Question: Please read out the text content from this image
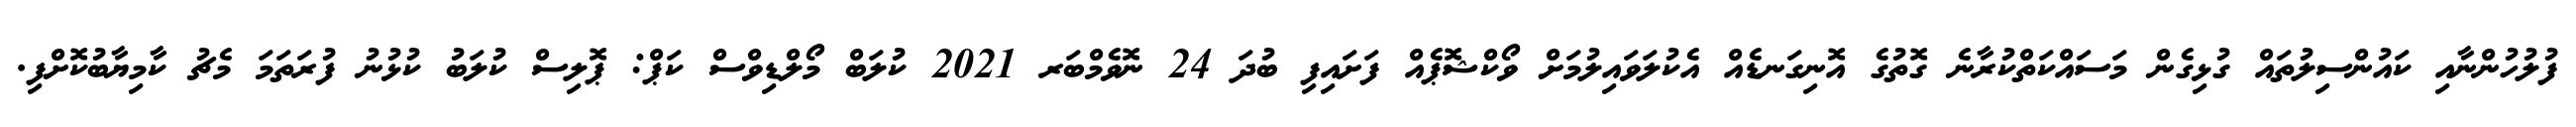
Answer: ފުލުހުންނާއި ކައުންސިލުތައް ގުޅިގެން މަސައްކަތްކުރާނެ ގޮތުގެ އޮނިގަނޑެއް އެކުލަވައިލުމަށް ވޯކްޝޮޕެއް ފަށައިފި ބުދަ 24 ނޮވެމްބަރ 2021 ކުލަބް މޯލްޑިވްސް ކަޕް: ޕޮލިސް ކުލަބު ކުޅުނު ފުރަތަމަ މެޗު ކާމިޔާބުކޮށްފި.